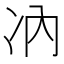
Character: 𪞗